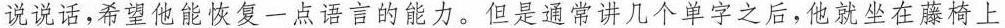
说说话，希望他能恢复一点语言的能力，但是通常讲几个单子之后，他就坐在藤椅上